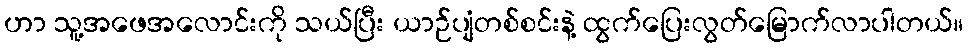
ဟာ သူ့အဖေအလောင်းကို သယ်ပြီး ယာဉ်ပျံတစ်စင်းနဲ့ ထွက်ပြေးလွတ်မြောက်လာပါတယ်။